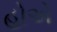
હોએ